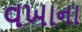
વખાના